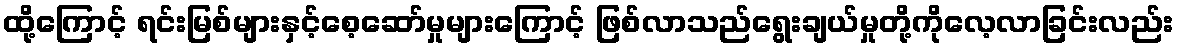
ထို့ကြောင့် ရင်းမြစ်များနှင့်စေ့ဆော်မှုများကြောင့် ဖြစ်လာသည်ရွေးချယ်မှုတို့ကိုလေ့လာခြင်းလည်း